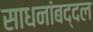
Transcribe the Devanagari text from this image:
साधनांबद्दल